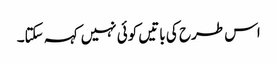
اس طرح کی باتیں کوئی نہیں کہہ سکتا۔